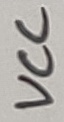
Text: VCC